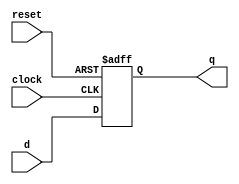
module d_ff  #(parameter WIDTH = 8) (q, d, reset, clock);
  input [WIDTH-1 : 0] d;
  input reset, clock;
  output reg [WIDTH-1 : 0] q;

  always @(posedge clock,negedge reset)
	begin
		if(reset)
		q <= d;
		else
		q <= 0;
	end

endmodule